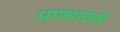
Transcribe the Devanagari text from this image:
प्राणपतसे